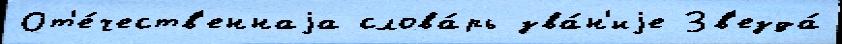
От'е́честв'еннаjа слова́рь зва́н'иjе Зв'езда́